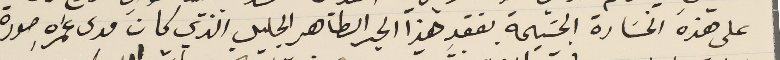
على هذه الخسَارة الجسَيمة بفقد هذا الحبر الطاهر الجليل الذي كان مدى عمره صورة